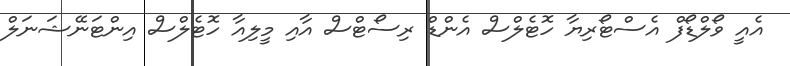
އެއީ ވޯލްޑޯފް އެސްޓޯރިޔާ ހޮޓެލްސް އެންޑް ރިސޯޓްސް އާއި މީލިއާ ހޮޓެލްސް އިންޓަނޭޝަނަލް